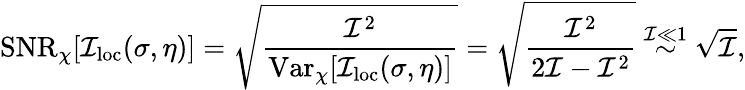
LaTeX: \mathrm{SNR}_{\chi}[\mathcal{I}_{\mathrm{loc}}(\sigma,\eta)]=\sqrt{\frac{\mathcal{I}^{2}}{\mathrm{Var}_{\chi}[\mathcal{I}_{\mathrm{loc}}(\sigma,\eta)]}}=\sqrt{\frac{\mathcal{I}^{2}}{2\mathcal{I}-\mathcal{I}^{2}}}\stackrel{\mathcal{I}\ll 1}{\sim}\sqrt{\mathcal{I}},